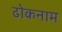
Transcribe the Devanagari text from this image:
ढोकनाम